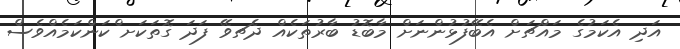
އަދި އެކަމުގެ މައްޗަށް އެބޭފުޅުންނަށް މާބޮޑު ބާރުތަކެއް ދެޗވޭ ފަދަ ގޮތަކަށ ްކަންކަމެއްވެސް